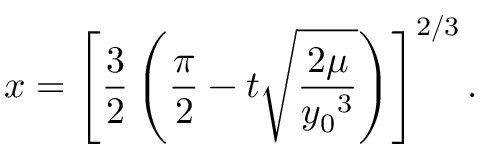
x = \left[ { \frac { 3 } { 2 } } \left( { \frac { \pi } { 2 } } - t { \sqrt { \frac { 2 \mu } { { y _ { 0 } } ^ { 3 } } } } \right) \right] ^ { 2 / 3 } .